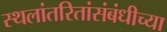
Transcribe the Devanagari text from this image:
स्थलांतरितांसंबंधीच्या